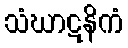
သံဃာဋနိကံ